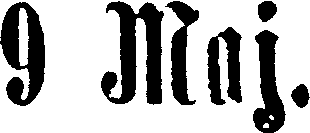
9 Maj.